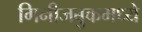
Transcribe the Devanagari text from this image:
गिनीजबुकमध्ये